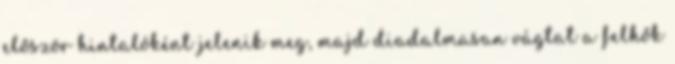
először hintalóként jelenik meg, majd diadalmasan vágtat a felhők